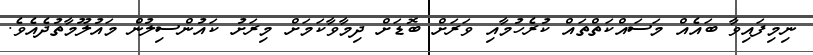
ނިމިފައިވާ ބައެއް މަސައްކަތްތައް ކުރެހުމާއި ވަރަށް ބޮޑަށް ދިމާވާކަމަށް މިރަށު ކައުންސިލުން މައުލޫމާތުދެއެވެ.